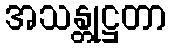
အသန္တုဋ္ဌတာ